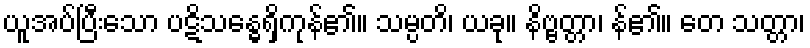
ယူအပ်ပြီးသော ပဋိသန္ဓေရှိကုန်၏။ သမ္ပတိ၊ ယခု။ နိဗ္ဗတ္တာ၊ န်၏။ တေ သတ္တာ၊